Dysentery and liver abscess in Bombay - Number 47
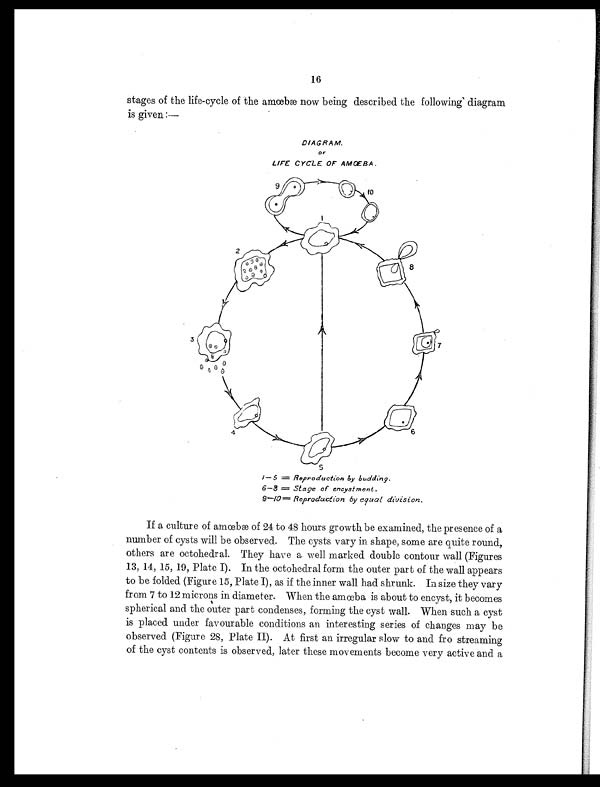
16
stages of the life-cycle of the amœbæ now being described the following diagram
is given :—
DIAGRAM.
LIFE CYCLE OF AMŒBA.
1—5 = Reproduction byb u d d i n g .
6 — 8 =
S t a g e o f e n c y s t m e n t .
9—10 = Reproduction by equal division.
If a culture of amœbæ of 24 to 48 hours growth be examined, the presence of a
number of cysts will be observed. The cysts vary in shape, some are quite round,
others are octohedral. They have a well marked double contour wall (Figures
13, 14, 15, 19, Plate I). In the octohedral form the outer part of the wall appears
to be folded (Figure 15, Plate I), as if the inner wall had shrunk. In size they vary
f rom 7 t o 12 mi crons i n di amet er. When t he amœba i s about t o encyst , i t becomes
spherical and the outer part condenses, forming the cyst wall. When such a cyst
is placed under favourable conditions an interesting series of changes may be
observed (Figure 28, Plate II). At first an irregular slow to and fro streaming
of the cyst contents is observed, later these movements become very active and a